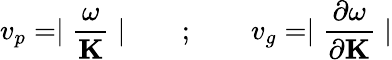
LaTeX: v_{p}=\mid\frac{\omega}{{\mathbf K}}\mid\qquad;\qquad v_{g}=\mid\frac{\partial\omega}{\partial{\mathbf K}}\mid